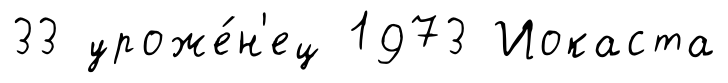
33 уроже́н'ец 1973 Иокаста